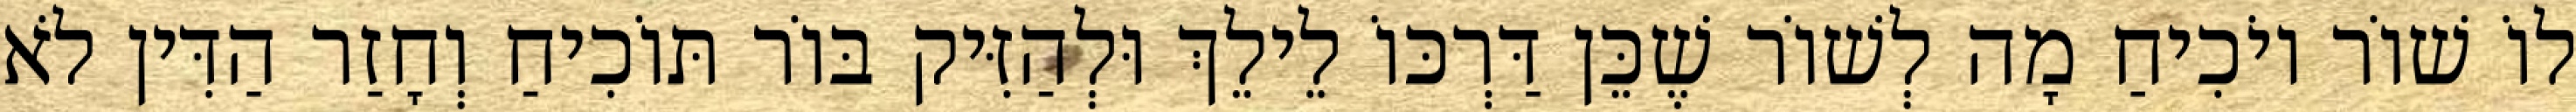
לוֹ שׁוֹר יוֹכִיחַ מָה לְשׁוֹר שֶׁכֵּן דַּרְכּוֹ לֵילֵךְ וּלְהַזִּיק בּוֹר תּוֹכִיחַ וְחָזַר הַדִּין לֹא